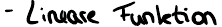
- Lineare Funktion